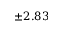
\pm 2 . 8 3